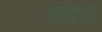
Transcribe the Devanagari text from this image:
लभेत्सः